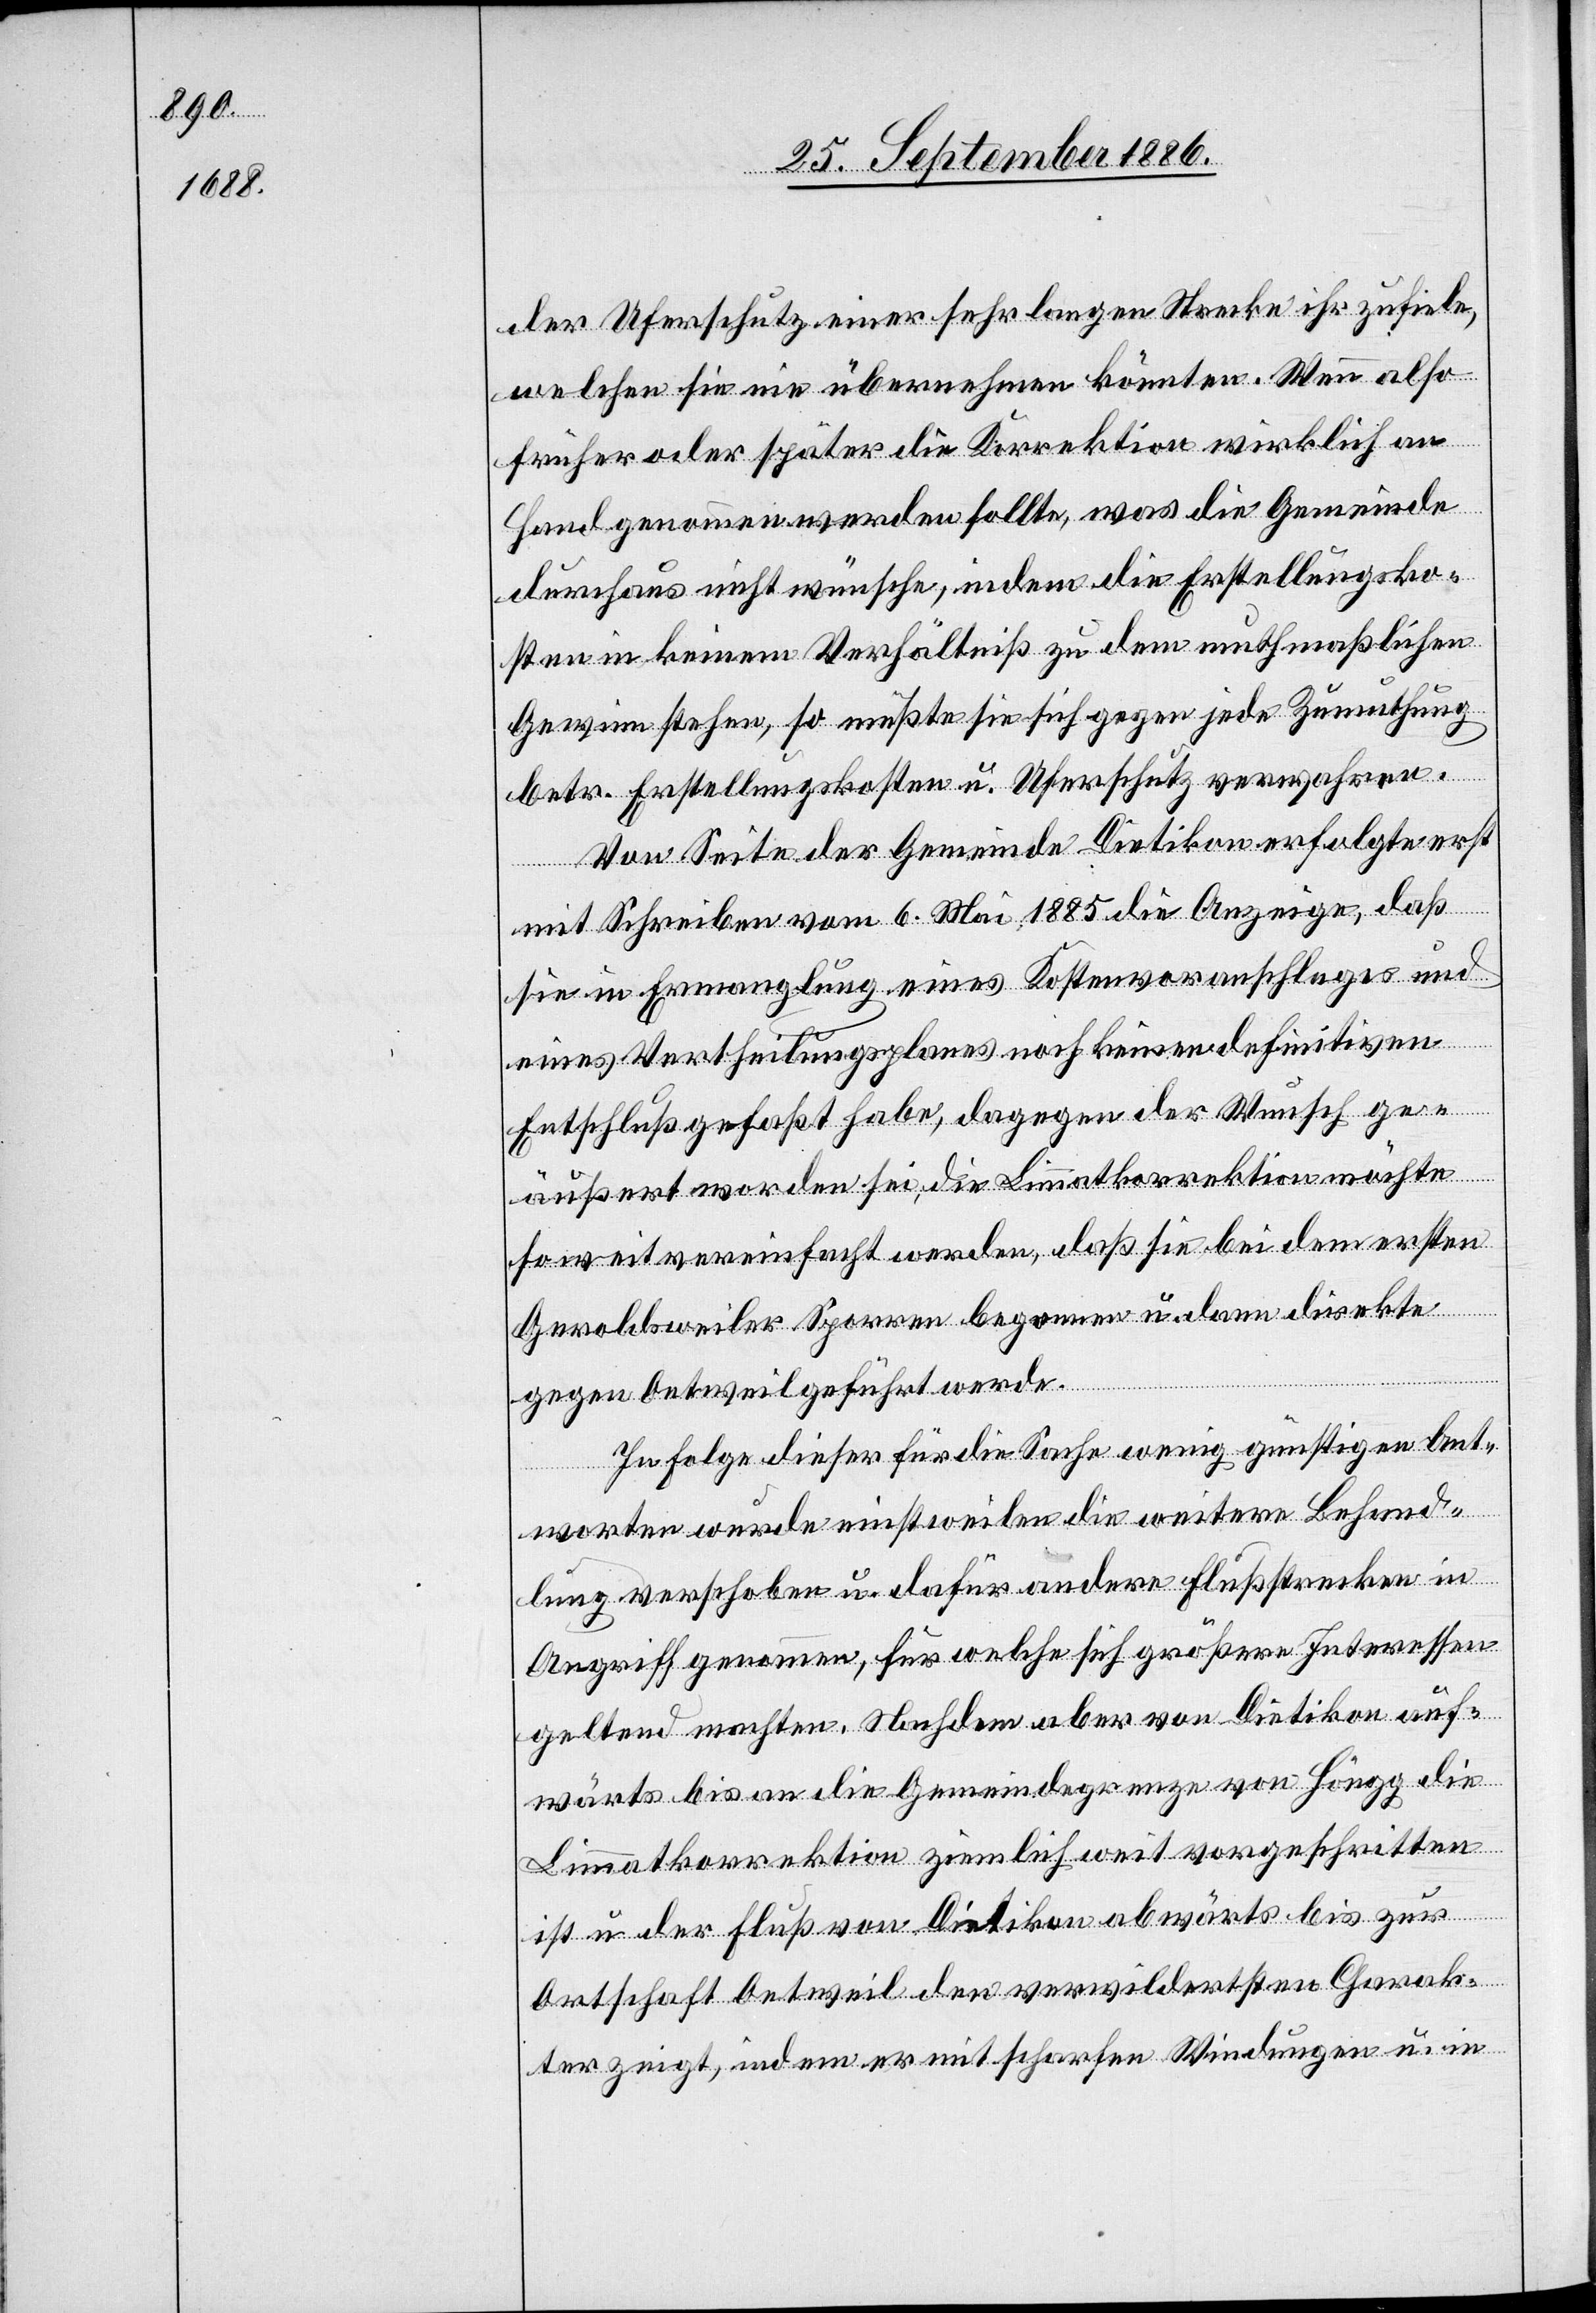
der Uferschutz einer sehr langen Strecke ihr zufiele,
welchen sie nie übernehmen könnten. Wenn also
früher oder später die Korrektion wirklich an
Hand genommen werden sollte, was die Gemeinde
durchaus nicht wünsche, indem die Erstellungsko¬
sten in keinem Verhältniß zu dem muthmaßlichen
Gewinn stehen, so müßte sie sich gegen jede Zumuthung
betr. Erstellungskosten u. Uferschutz verwahren.
Von Seite der Gemeinde Dietikon erfolgte erst
mit Schreiben vom 6. Mai 1885 die Anzeige, daß
sie in Ermanglung eines Kostenvoranschlages und
eines Vertheilungsplanes noch keinen definitiven
Entschluß gefaßt habe, dagegen der Wunsch ge¬
äußert worden sei, die Limmatkorrektion möchte
soweit vereinfacht werden, daß sie bei dem ersten
Geroldsweiler Sporren begonnen u. dann direkte
gegen Oetweil geführt werde.
In Folge dieser für die Sache wenig günstigen Ant¬
worten wurde einstweilen die weitere Behand¬
lung verschoben u. dafür andere Flußstrecken in
Angriff genommen, für welche sich größere Interessen
geltend machten. Nachdem aber von Dietikon auf¬
wärts bis an die Gemeindegrenze von Höngg die
Limmatkorrektion ziemlich weit vorgeschritten
ist u. der Fluß von Dietikon abwärts bis zur
Ortschaft Oetweil den verwildertsten Charak¬
ter zeigt, indem er mit scharfen Windungen u. in